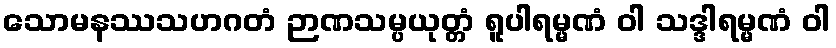
သောမနဿသဟဂတံ ဉာဏသမ္ပယုတ္တံ ရူပါရမ္မဏံ ဝါ သဒ္ဒါရမ္မဏံ ဝါ